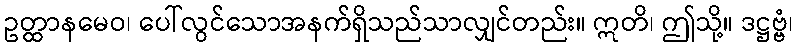
ဥတ္ထာနမေဝ၊ ပေါ်လွင်သောအနက်ရှိသည်သာလျှင်တည်း။ ဣတိ၊ ဤသို့။ ဒဋ္ဌဗ္ဗံ၊